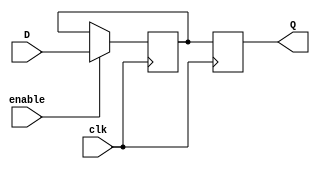
module transparent_latch_DFF (
    input D, // data input
    input enable, // enable signal
    input clk, // clock input
    output reg Q // output
);

reg latched_data; // internal signal to hold latched data

// latch implementation
always @ (posedge clk) begin
    if (enable) begin
        latched_data <= D;
    end
end

// D flip-flop implementation
always @ (posedge clk) begin
    Q <= latched_data;
end

endmodule